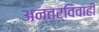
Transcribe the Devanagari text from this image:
अन्तर्विवाही